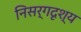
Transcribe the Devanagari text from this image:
निसर्गदृश्य